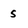
Character: 5